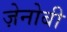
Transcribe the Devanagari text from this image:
ज़ेनोबी